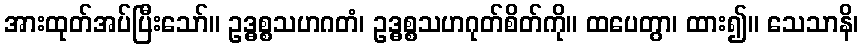
အားထုတ်အပ်ပြီးသော်။ ဥဒ္ဓစ္စသဟဂတံ၊ ဥဒ္ဓစ္စသဟဂုတ်စိတ်ကို။ ထပေတွာ၊ ထား၍။ သေသာနိ၊